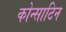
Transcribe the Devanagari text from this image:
कोन्साटिन